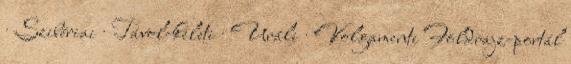
· Szibériai · Távol-keleti · Uráli · Volgamenti Földrajz-portál